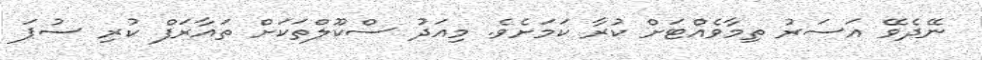
ނޭދެވޭ އަސަރު ތިމާވެއްޓަށް ކުރާ ކަމަށެވެ. މިއަދު ސްކޫލްތަކަށް ތައާރަފް ކުރި ސުޕަ